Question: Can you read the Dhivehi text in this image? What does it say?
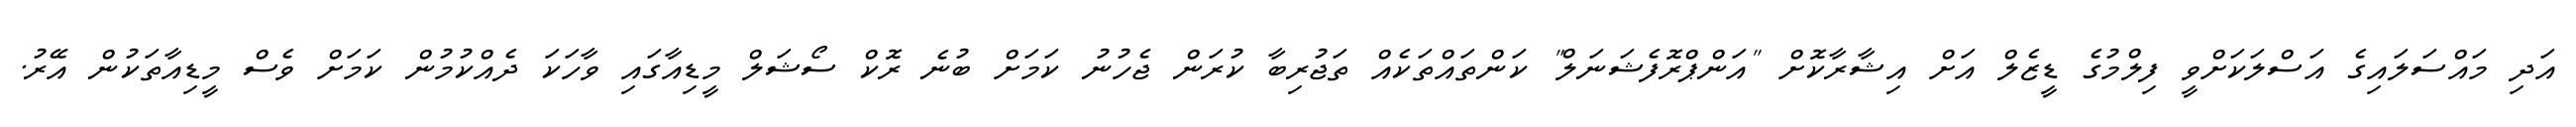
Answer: އަދި މައްސަލައިގެ އަސްލަކަށްވީ ފިލްމުގެ ޑީޒެލް އަށް އިޝާރާކޮށް "އަންޕްރޮފެޝަނަލް" ކަންތައްތަކެއް ތަޖުރިބާ ކުރަން ޖެހުނު ކަމަށް ބުނެ ރޮކް ސޯޝަލް މީޑިއާގައި ވާހަކަ ދެއްކުމުން ކަމަށް ވެސް މީޑިއާތަކުން އޭރު.